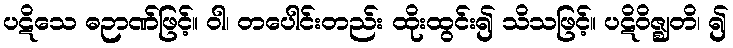
ပဋိသေ ဓဉာဏ်ဖြင့်။ ဝါ၊ တပေါင်းတည်း ထိုးထွင်း၍ သိသဖြင့်။ ပဋိဝိဇ္ဈတိ၊ ၍